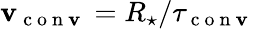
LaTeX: \mathbf{v}_{\mathrm{{~c~o~n~\mathbf{v}~}}}=R_{\star}/\tau_{\mathrm{{~c~o~n~\mathbf{v}~}}}